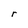
Character: r